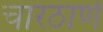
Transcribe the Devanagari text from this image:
चारठाणे